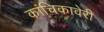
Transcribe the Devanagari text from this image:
कांचिकावेरी